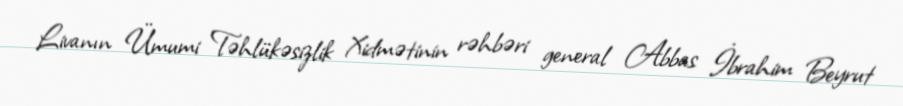
Livanın Ümumi Təhlükəsizlik Xidmətinin rəhbəri general Abbas İbrahim Beyrut